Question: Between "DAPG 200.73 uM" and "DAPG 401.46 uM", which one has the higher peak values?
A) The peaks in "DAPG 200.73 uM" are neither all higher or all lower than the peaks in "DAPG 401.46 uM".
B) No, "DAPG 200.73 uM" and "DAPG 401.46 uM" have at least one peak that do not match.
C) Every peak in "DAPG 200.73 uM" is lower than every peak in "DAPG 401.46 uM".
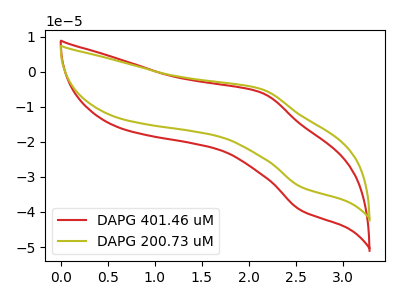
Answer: <think>The red curve "DAPG 401.46 uM" has an anodic peak at (2.15V, -6.00uA) and a cathodic peak at (2.55V, -39.60uA). The olive curve "DAPG 200.73 uM" has an anodic peak at (2.15V, -5.00uA) and a cathodic peak at (2.55V, -32.90uA).</think>
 <answer>A) The peaks in "DAPG 200.73 uM" are neither all higher or all lower than the peaks in "DAPG 401.46 uM".</answer>
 <eval>A</eval>